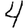
Digit: 4